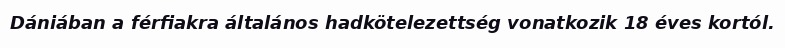
Dániában a férfiakra általános hadkötelezettség vonatkozik 18 éves kortól.